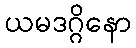
ယမဒဂ္ဂိနော